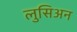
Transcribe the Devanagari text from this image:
लुसिअन